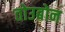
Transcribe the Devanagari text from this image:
तोउबोन